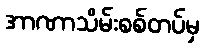
အာဏာသိမ်းစစ်တပ်မှ